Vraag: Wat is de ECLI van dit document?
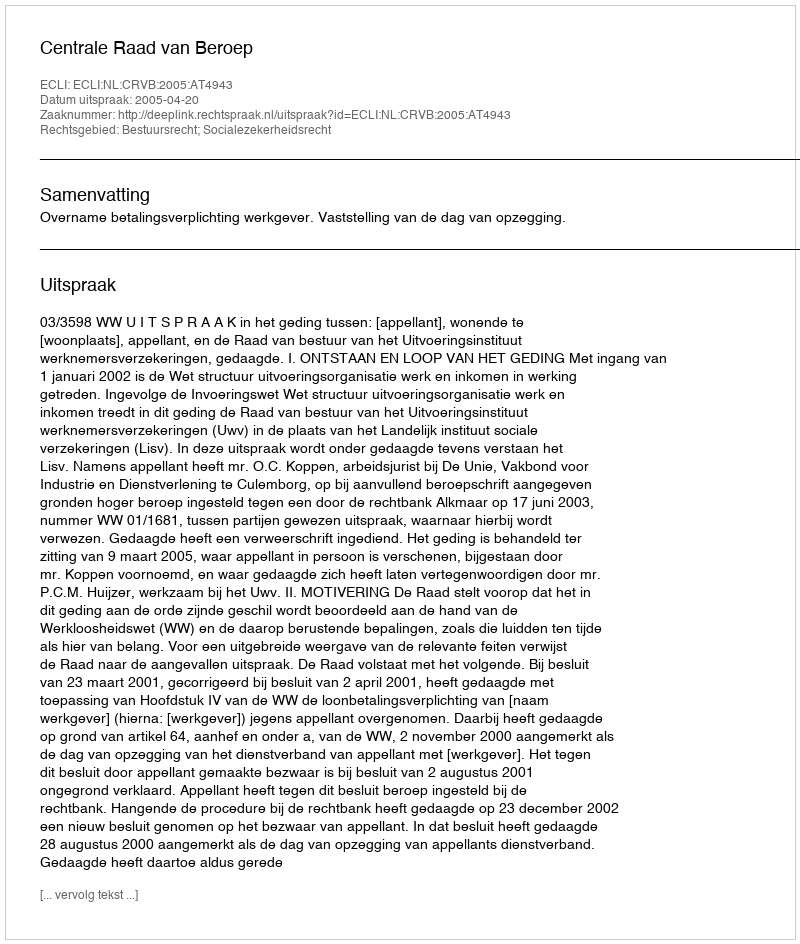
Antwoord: ECLI:NL:CRVB:2005:AT4943